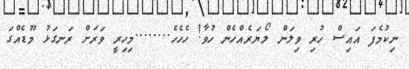
ނިކުމެފަ އައިސް ހުރި ވިލަން ލޯޔަރެއްހެން ހުވާ! ހެހެހެ........މިހިރީ ވަރަށް ރަނގަޅު މޫޑެއްގަ